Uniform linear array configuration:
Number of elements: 16
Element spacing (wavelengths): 0.5
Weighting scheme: hann
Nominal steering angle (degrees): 60
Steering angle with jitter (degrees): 61.76
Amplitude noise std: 0.05
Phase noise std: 0.05

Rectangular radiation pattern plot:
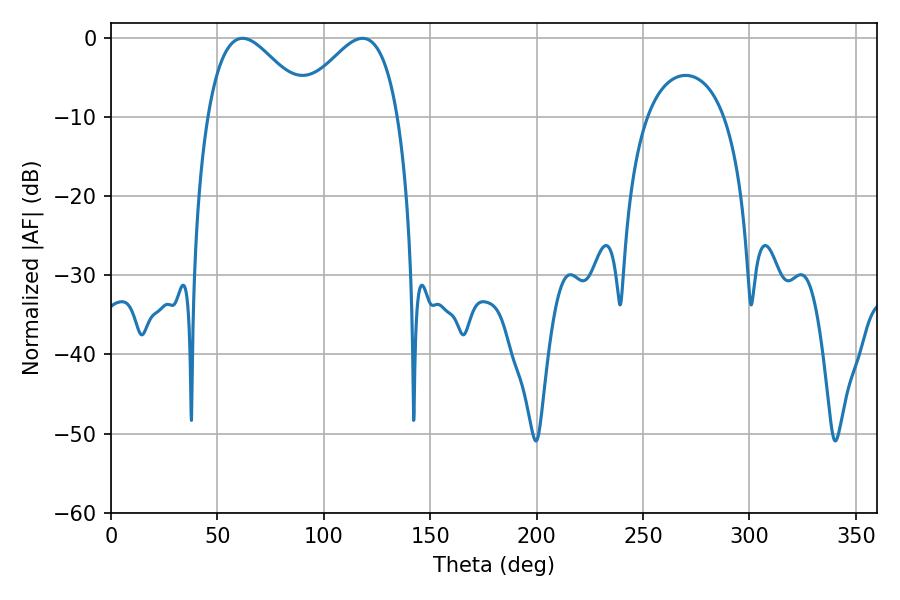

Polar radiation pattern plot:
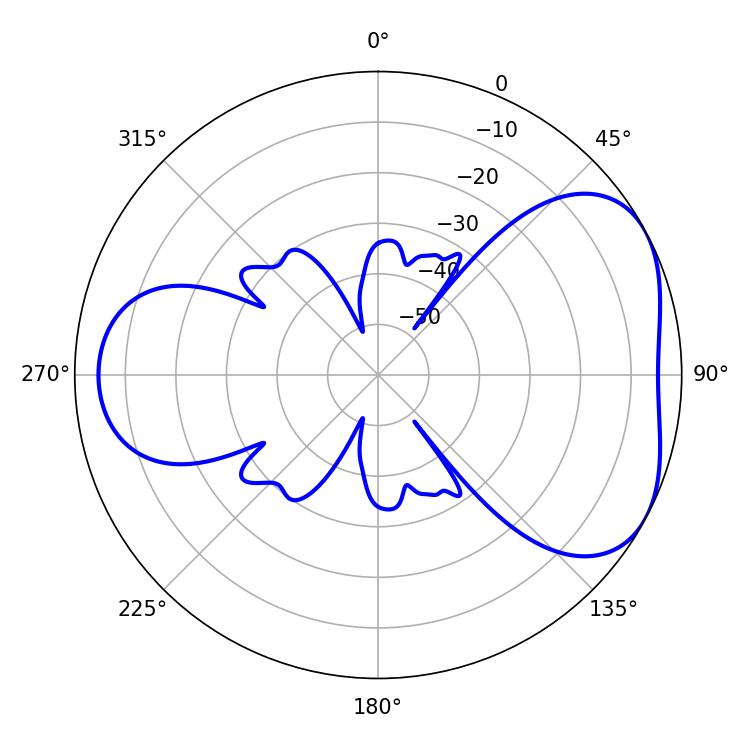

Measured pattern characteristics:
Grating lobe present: FALSE
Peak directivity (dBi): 4.586
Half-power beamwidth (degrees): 25.92
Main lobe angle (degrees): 61.74